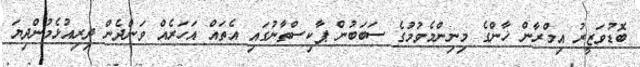
ބޮޑުވަޒީރު އިމްރާން ޚާންގެ މިނިންމެވުމުގެ ސަބަބުން ޕާކިސްތާނުގައި އެތައް އަހަރެއް ވަންދެން ދިރިއުޅެމުންދިޔަ